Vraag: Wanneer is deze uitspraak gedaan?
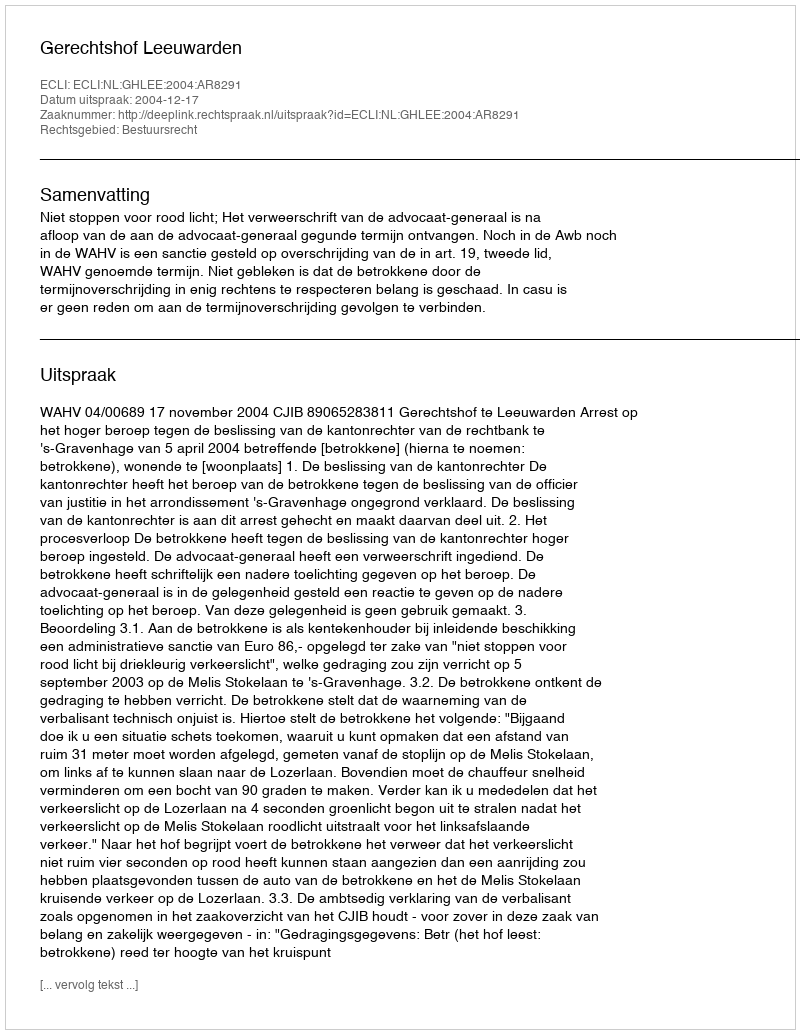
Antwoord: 2004-12-17